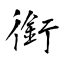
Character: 銜